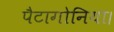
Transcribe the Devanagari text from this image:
पैटागोनिया।